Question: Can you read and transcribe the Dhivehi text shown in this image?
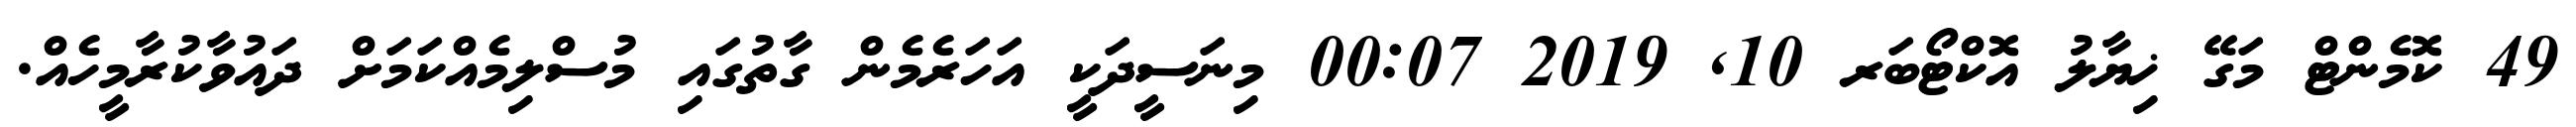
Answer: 49 ކޮމެންޓް މަގޭ ޚިޔާލު އޮކްޓޯބަރ 10, 2019 00:07 މިނަސީދަކީ އަހަރެމެން ގާތުގައި މުސްލިމެއްކަމަށް ދައުވާކުރާމީހެއް.